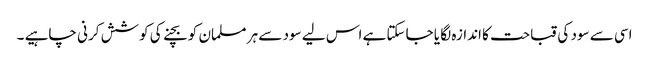
اسی سے سود کی قباحت کا اندازہ لگا یا جاسکتا ہے اس لیے سود سے ہر مسلمان کو بچنے کی کوشش کرنی چاہیے ۔